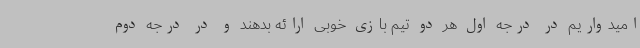
امیدواریم در درجه اول هر دو تیم بازی خوبی ارائه بدهند و در درجه دوم